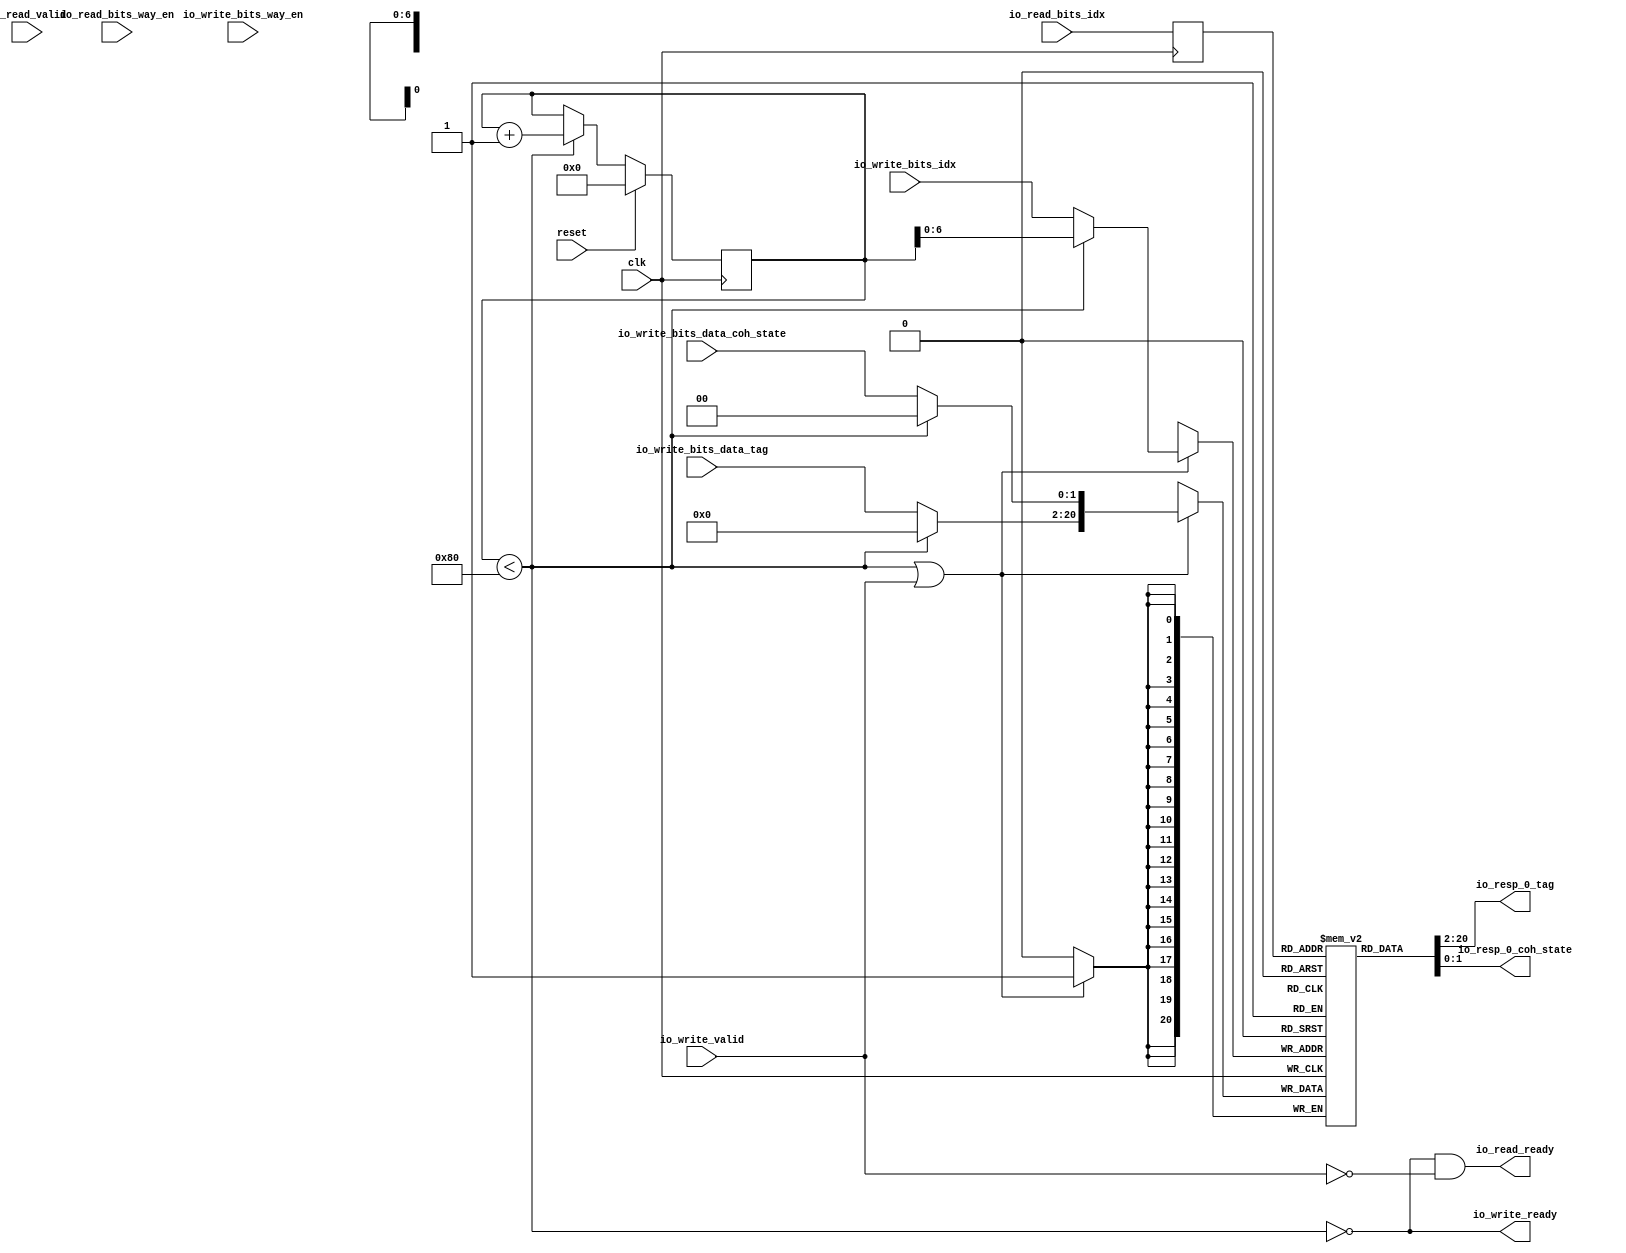
module MetadataArray(
  input   clk,
  input   reset,
  output  io_read_ready,
  input   io_read_valid,
  input  [6:0] io_read_bits_idx,
  input   io_read_bits_way_en,
  output  io_write_ready,
  input   io_write_valid,
  input  [6:0] io_write_bits_idx,
  input   io_write_bits_way_en,
  input  [18:0] io_write_bits_data_tag,
  input  [1:0] io_write_bits_data_coh_state,
  output [18:0] io_resp_0_tag,
  output [1:0] io_resp_0_coh_state
);
  wire [1:0] T_44_state;
  wire [18:0] rstVal_tag;
  wire [1:0] rstVal_coh_state;
  reg [7:0] rst_cnt;
  reg [31:0] GEN_1;
  wire  rst;
  wire [7:0] waddr;
  wire [18:0] T_1569_tag;
  wire [1:0] T_1569_coh_state;
  wire [20:0] wdata;
  wire [8:0] T_1666;
  wire [7:0] T_1667;
  wire [7:0] GEN_0;
  reg [20:0] T_1676_0 [0:127];
  reg [31:0] GEN_2;
  wire [20:0] T_1676_0_T_1693_data;
  wire [6:0] T_1676_0_T_1693_addr;
  wire  T_1676_0_T_1693_en;
  reg [6:0] GEN_3;
  reg [31:0] GEN_4;
  reg  GEN_5;
  reg [31:0] GEN_6;
  wire [20:0] T_1676_0_T_1687_data;
  wire [6:0] T_1676_0_T_1687_addr;
  wire  T_1676_0_T_1687_mask;
  wire  T_1676_0_T_1687_en;
  wire  T_1677;
  wire [20:0] T_1683_0;
  wire [6:0] T_1690;
  wire [18:0] T_2199_0_tag;
  wire [1:0] T_2199_0_coh_state;
  wire [1:0] T_2367;
  wire [18:0] T_2368;
  wire  T_2370;
  wire  T_2372;
  wire  T_2373;
  assign io_read_ready = T_2373;
  assign io_write_ready = T_2370;
  assign io_resp_0_tag = T_2199_0_tag;
  assign io_resp_0_coh_state = T_2199_0_coh_state;
  assign T_44_state = 2'h0;
  assign rstVal_tag = 19'h0;
  assign rstVal_coh_state = T_44_state;
  assign rst = rst_cnt < 8'h80;
  assign waddr = rst ? rst_cnt : {{1'd0}, io_write_bits_idx};
  assign T_1569_tag = rst ? rstVal_tag : io_write_bits_data_tag;
  assign T_1569_coh_state = rst ? rstVal_coh_state : io_write_bits_data_coh_state;
  assign wdata = {T_1569_tag,T_1569_coh_state};
  assign T_1666 = rst_cnt + 8'h1;
  assign T_1667 = T_1666[7:0];
  assign GEN_0 = rst ? T_1667 : rst_cnt;
  assign T_1676_0_T_1693_addr = T_1690;
  assign T_1676_0_T_1693_en = 1'h1;
  assign T_1676_0_T_1693_data = T_1676_0[GEN_3];
  assign T_1676_0_T_1687_data = T_1683_0;
  assign T_1676_0_T_1687_addr = waddr[6:0];
  assign T_1676_0_T_1687_mask = T_1677;
  assign T_1676_0_T_1687_en = T_1677;
  assign T_1677 = rst | io_write_valid;
  assign T_1683_0 = wdata;
  assign T_1690 = io_read_bits_idx;
  assign T_2199_0_tag = T_2368;
  assign T_2199_0_coh_state = T_2367;
  assign T_2367 = T_1676_0_T_1693_data[1:0];
  assign T_2368 = T_1676_0_T_1693_data[20:2];
  assign T_2370 = rst == 1'h0;
  assign T_2372 = io_write_valid == 1'h0;
  assign T_2373 = T_2370 & T_2372;
`ifdef RANDOMIZE
  integer initvar;
  initial begin
    `ifndef verilator
      #0.002;
    `endif
  `ifdef RANDOMIZE
  GEN_1 = {1{$random}};
  rst_cnt = GEN_1[7:0];
  `endif
  GEN_2 = {1{$random}};
  `ifdef RANDOMIZE
  for (initvar = 0; initvar < 128; initvar = initvar+1)
    T_1676_0[initvar] = GEN_2[20:0];
  `endif
  `ifdef RANDOMIZE
  GEN_4 = {1{$random}};
  GEN_3 = GEN_4[6:0];
  `endif
  `ifdef RANDOMIZE
  GEN_6 = {1{$random}};
  GEN_5 = GEN_6[0:0];
  `endif
  end
`endif
  always @(posedge clk) begin
    if(reset) begin
      rst_cnt <= 8'h0;
    end else begin
      if(rst) begin
        rst_cnt <= T_1667;
      end
    end
    GEN_3 <= T_1676_0_T_1693_addr;
    GEN_5 <= T_1676_0_T_1693_en;
    if(T_1676_0_T_1687_en & T_1676_0_T_1687_mask) begin
      T_1676_0[T_1676_0_T_1687_addr] <= T_1676_0_T_1687_data;
    end
  end
endmodule